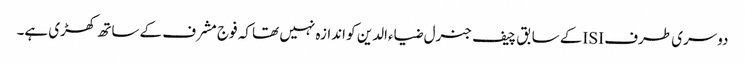
دوسری طرف ISIکے سابق چیف جنرل ضیاءالدین کو اندازہ نہیں تھا کہ فوج مشرف کے ساتھ کھڑی ہے۔